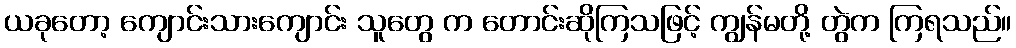
ယခုတော့ ကျောင်းသားကျောင်း သူတွေ က တောင်းဆိုကြသဖြင့် ကျွန်မတို့ တွဲက ကြရသည်။